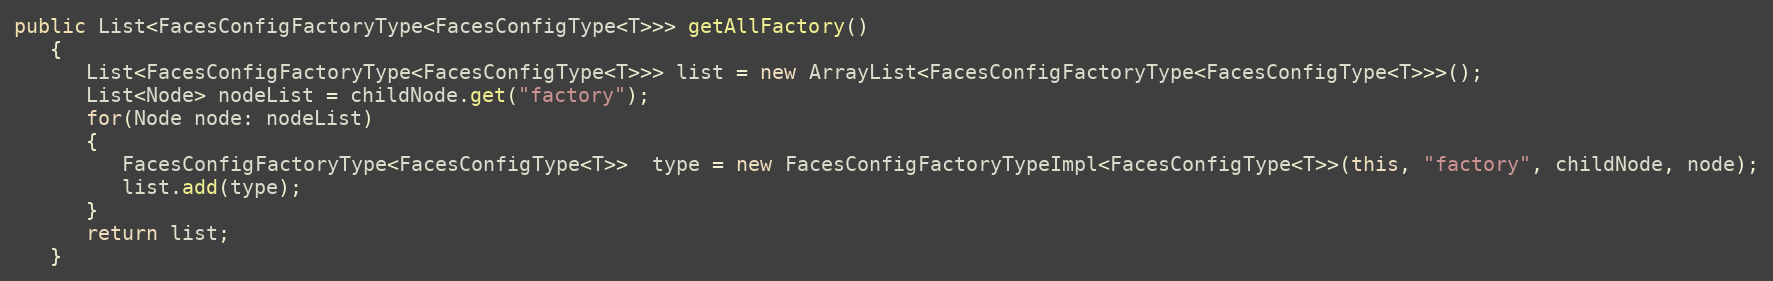
Language: Java
public List<FacesConfigFactoryType<FacesConfigType<T>>> getAllFactory()
   {
      List<FacesConfigFactoryType<FacesConfigType<T>>> list = new ArrayList<FacesConfigFactoryType<FacesConfigType<T>>>();
      List<Node> nodeList = childNode.get("factory");
      for(Node node: nodeList)
      {
         FacesConfigFactoryType<FacesConfigType<T>>  type = new FacesConfigFactoryTypeImpl<FacesConfigType<T>>(this, "factory", childNode, node);
         list.add(type);
      }
      return list;
   }